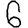
Digit: 6